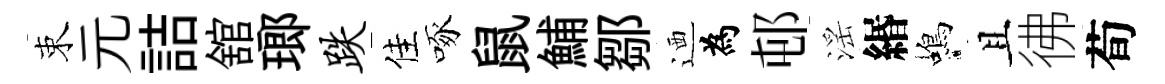
束元詰舘瑯跌佳啄鼠鯆鄒迺為邨滛緡蝎且彿荀